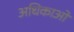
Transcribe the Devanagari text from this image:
अधिकाओं